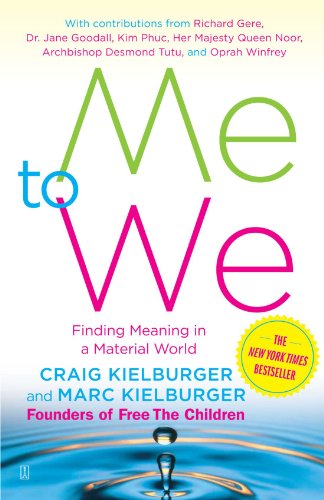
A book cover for Me to We: Finding Meaning in a Material World; Craig Kielburger; Business & Money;